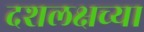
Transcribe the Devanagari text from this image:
दशलक्षच्या